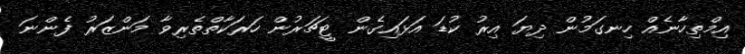
އިމްތިހާނެއް ހިނގަމުން ދިޔަ އިރު ކުޑަ އަޅައިގެން ޓީޗަރުން ހަރަކާތްތެރިވާ މަންޒަރު ފެންނަ